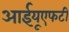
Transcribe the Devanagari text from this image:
आईयूएफटी